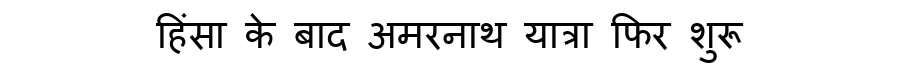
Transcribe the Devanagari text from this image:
हिंसा के बाद अमरनाथ यात्रा फिर शुरू